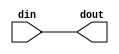

`timescale 1 ns / 1 ps

module port_slicer #
(
  parameter integer DIN_WIDTH = 32,
  parameter integer DIN_FROM = 31,
  parameter integer DIN_TO = 0
)
(
  input  wire [DIN_WIDTH-1:0]     din,
  output wire [DIN_FROM-DIN_TO:0] dout
);

  assign dout = din[DIN_FROM:DIN_TO];

endmodule